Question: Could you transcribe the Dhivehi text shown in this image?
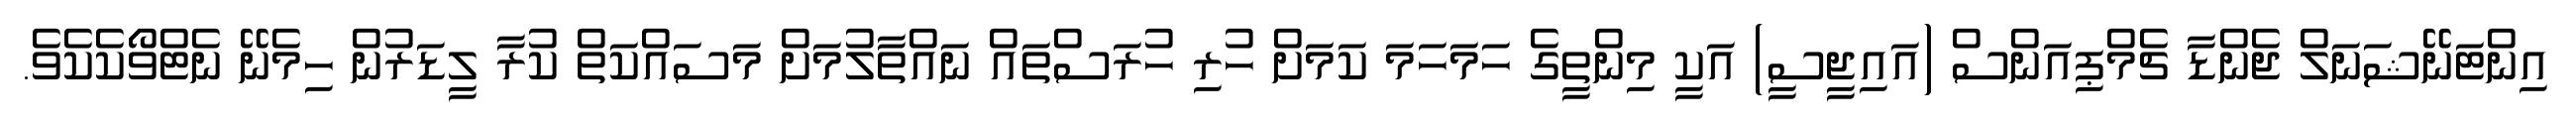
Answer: އިންޓަނޭޝަނަލް ޖެންޑާ ޗެމްޕިއަންސް (އައިޖީސީ) އަކީ މިންތީގެ ހަމަހަމަ ކަމަށް ހުރި ހުރަސްތައް ނައްތާލުމަށް މަސައްކަތް ކުރާ ލީޑަރުން ހިމެނޭ ނެޓްވޯކެކެވެ.